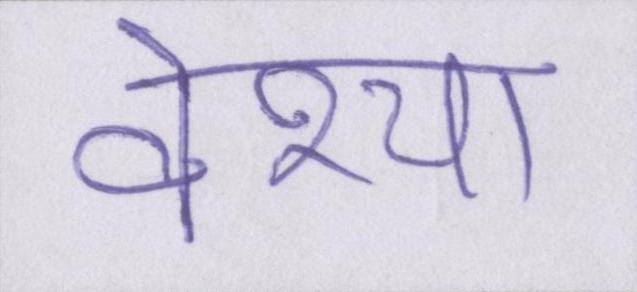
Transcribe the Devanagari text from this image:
वेश्या